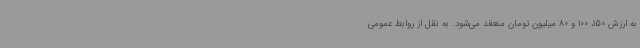
به ارزش 150، 100 و 80 میلیون تومان منعقد می‌شود. به نقل از روابط عمومی